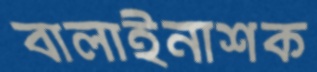
বালাইনাশক